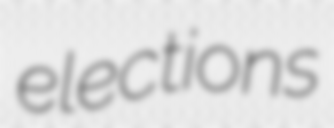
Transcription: elections